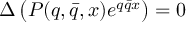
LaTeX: \Delta \left( P ( q , \bar { q } , x ) e ^ { q \bar { q } x } \right) = 0